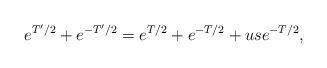
LaTeX: \begin{align*}e^{T'/2}+e^{-T'/2}=e^{T/2}+e^{-T/2}+us e^{-T/2},\end{align*}